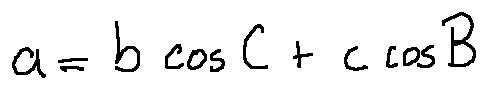
a = b \cos C + c \cos B